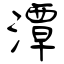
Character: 潭